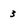
Character: 3